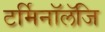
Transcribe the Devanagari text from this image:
टर्मिनॉलॅजि